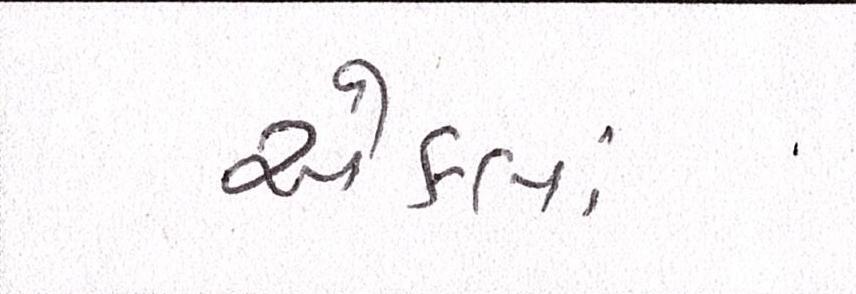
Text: એકલાં